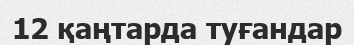
12 қаңтарда туғандар